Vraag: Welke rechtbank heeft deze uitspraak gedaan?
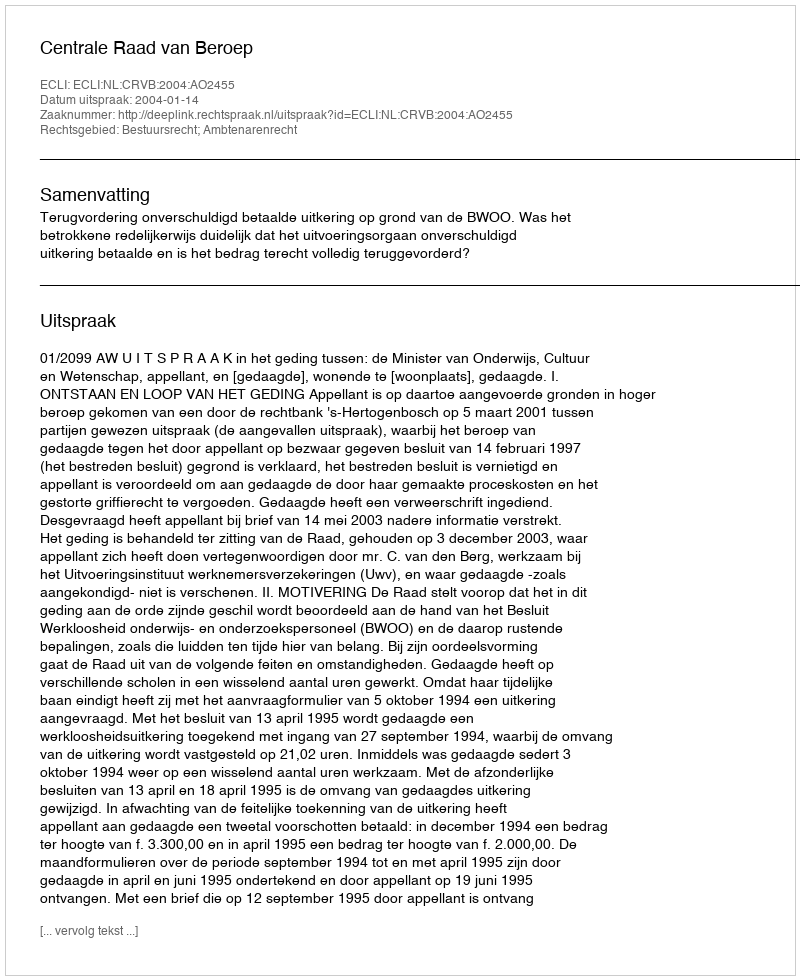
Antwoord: Centrale Raad van Beroep